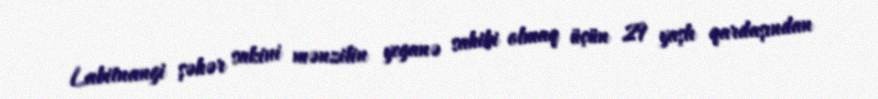
Labitnangi şəhər sakini mənzilin yeganə sahibi olmaq üçün 29 yaşlı qardaşından